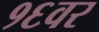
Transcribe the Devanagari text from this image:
१६वर